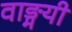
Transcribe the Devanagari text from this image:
वाङ्मयी